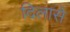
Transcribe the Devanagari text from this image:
दिलासे